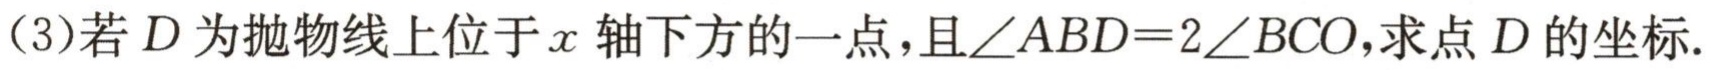
（3）若\(D\)为抛物线上位于\(x\)轴下方的一点，且\(\angle ABD = 2\angle BCO\)，求点\(D\)的坐标.